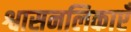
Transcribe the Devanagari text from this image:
श्वासनलिकाएँ